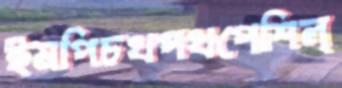
ইমপিচথপথপেশিল্